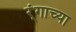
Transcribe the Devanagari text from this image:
र्ंगाच्या